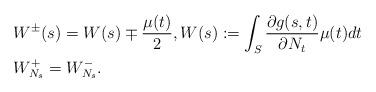
LaTeX: \begin{align*} &W^\pm(s)=W(s)\mp\frac{\mu(t)}{2}, W(s):=\int_S \frac{\partial g(s,t)}{\partial N_t}\mu(t)dt \\ &W^+_{N_s}=W^-_{N_s}. \end{align*}